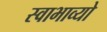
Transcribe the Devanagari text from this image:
स्वाभाव्यो